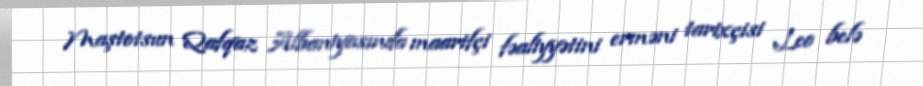
Maştotsun Qafqaz Albaniyasında maarifçi fəaliyyətini erməni tarixçisi Leo belə